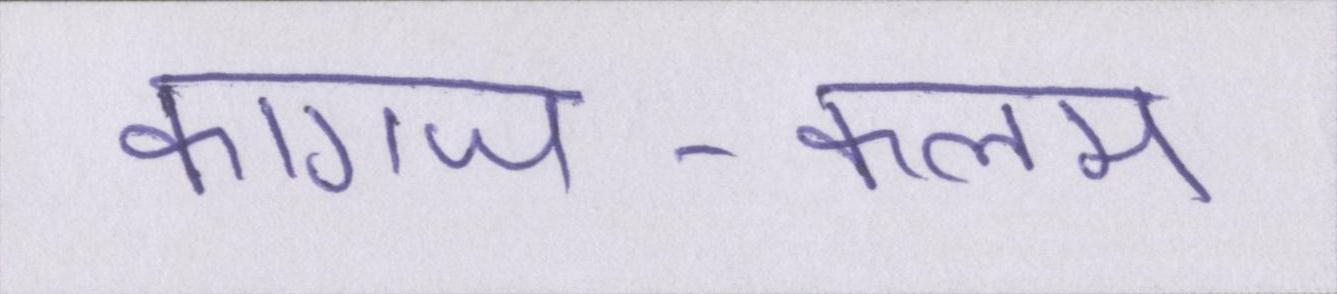
कागज-कलम